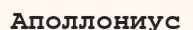
Аполлониус